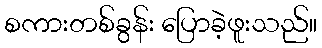
စကားတစ်ခွန်း ပြောခဲ့ဖူးသည်။